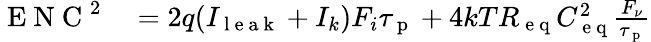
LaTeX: \begin{array}{rl}{\mathrm{~E~N~C~}^{2}}&{{}=2q(I_{\mathrm{~l~e~a~k~}}+I_{k})F_{i}\tau_{\mathrm{~p~}}+4kTR_{\mathrm{~e~q~}}C_{\mathrm{~e~q~}}^{2}\frac{F_{\nu}}{\tau_{\mathrm{~p~}}}}\end{array}